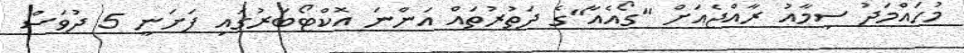
މުހައްމަދު ސިމާއު ރާއްޖެއަށް "ގޯއެއާ"ގެ ދަތުރުތައް އަންނަ އޮކްޓޯބަރުގައި ފަށަނީ 5 ދުވަސް